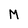
Character: M